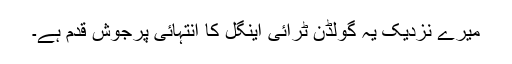
میرے نزدیک یہ گولڈن ٹرائی اینگل کا انتہائی پرجوش قدم ہے۔